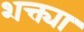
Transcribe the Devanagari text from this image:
शक्त्या